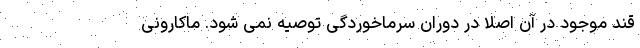
قند موجود در آن اصلاً در دوران سرماخوردگی توصیه نمی شود. ماکارونی